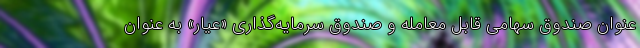
عنوان صندوق سهامی قابل معامله و صندوق سرمایه‌گذاری «عیار» به عنوان